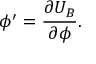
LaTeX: \phi ^ { \prime } = \frac { \partial U _ { B } } { \partial \phi } .